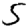
Digit: 5